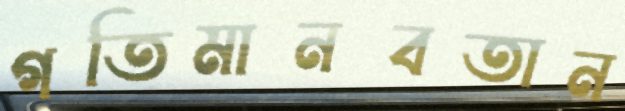
গতিমানবতান